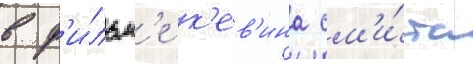
в ф'и́льм'е к'ев'ина см'и́та